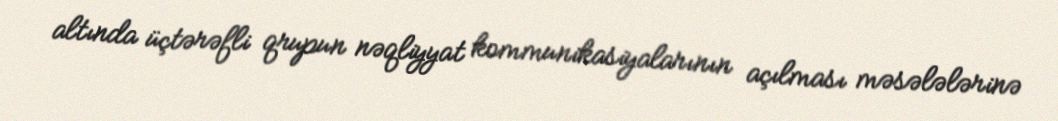
altında üçtərəfli qrupun nəqliyyat kommunikasiyalarının açılması məsələlərinə